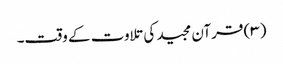
(۳) قرآن مجید کی تلاوت کے وقت۔